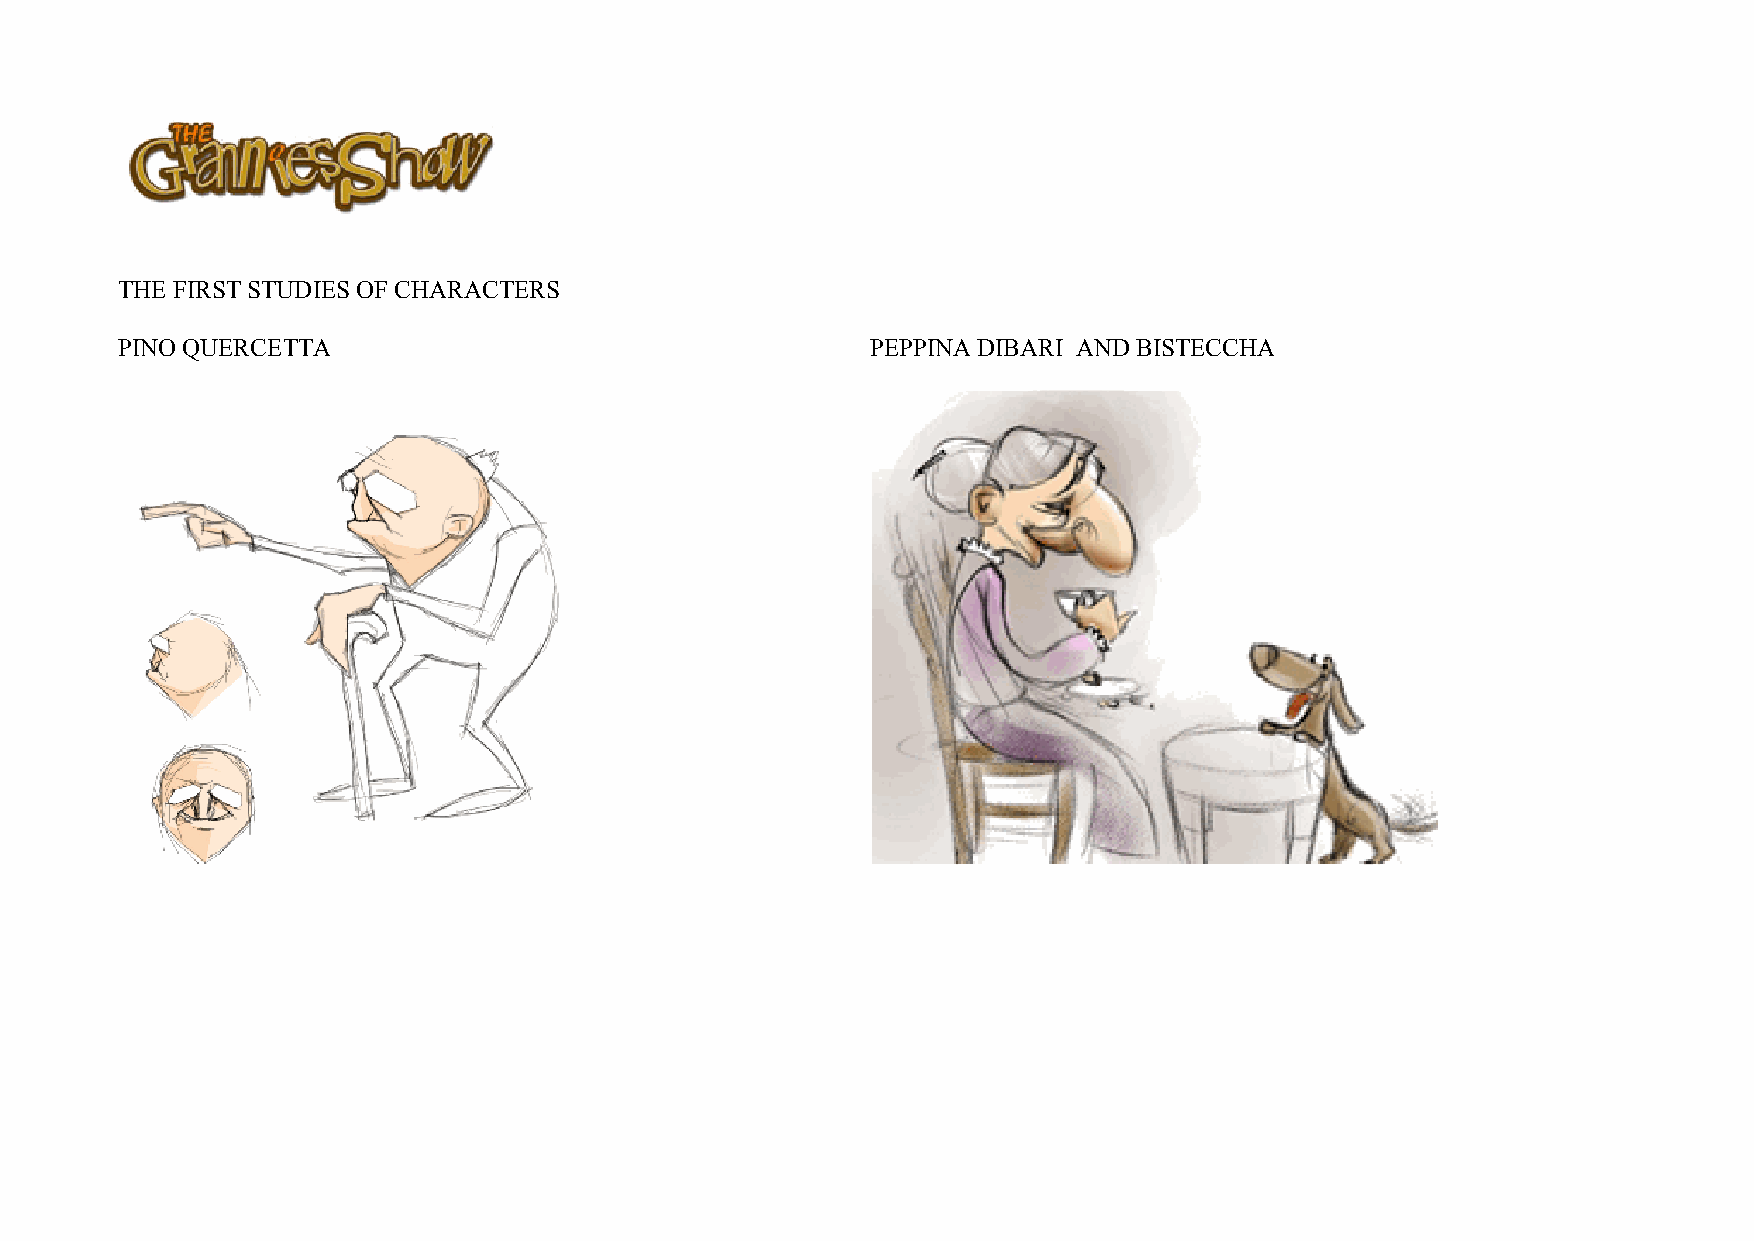
THE FIRST STUDIES OF CHARACTERS
 PINO QUERCETTA                                    PEPPINA DIBARI AND BISTECCHA